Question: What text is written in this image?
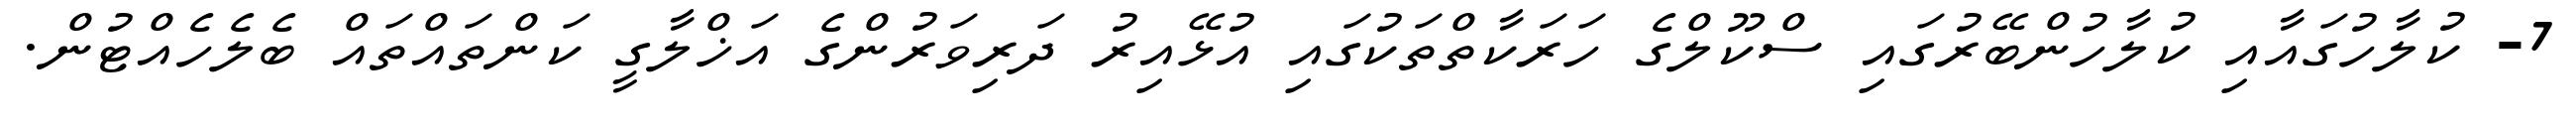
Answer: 7- ކުލާހުގައާއި ކުލާހުންބޭރުގައި ސްކޫލްގެ ހަރަކާތްތަކުގައި އުޅޭއިރު ދަރިވަރުންގެ އަޚްލާގީ ކަންތައްތައް ބެލެހެއްޓުން.